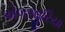
એલજીરિયા